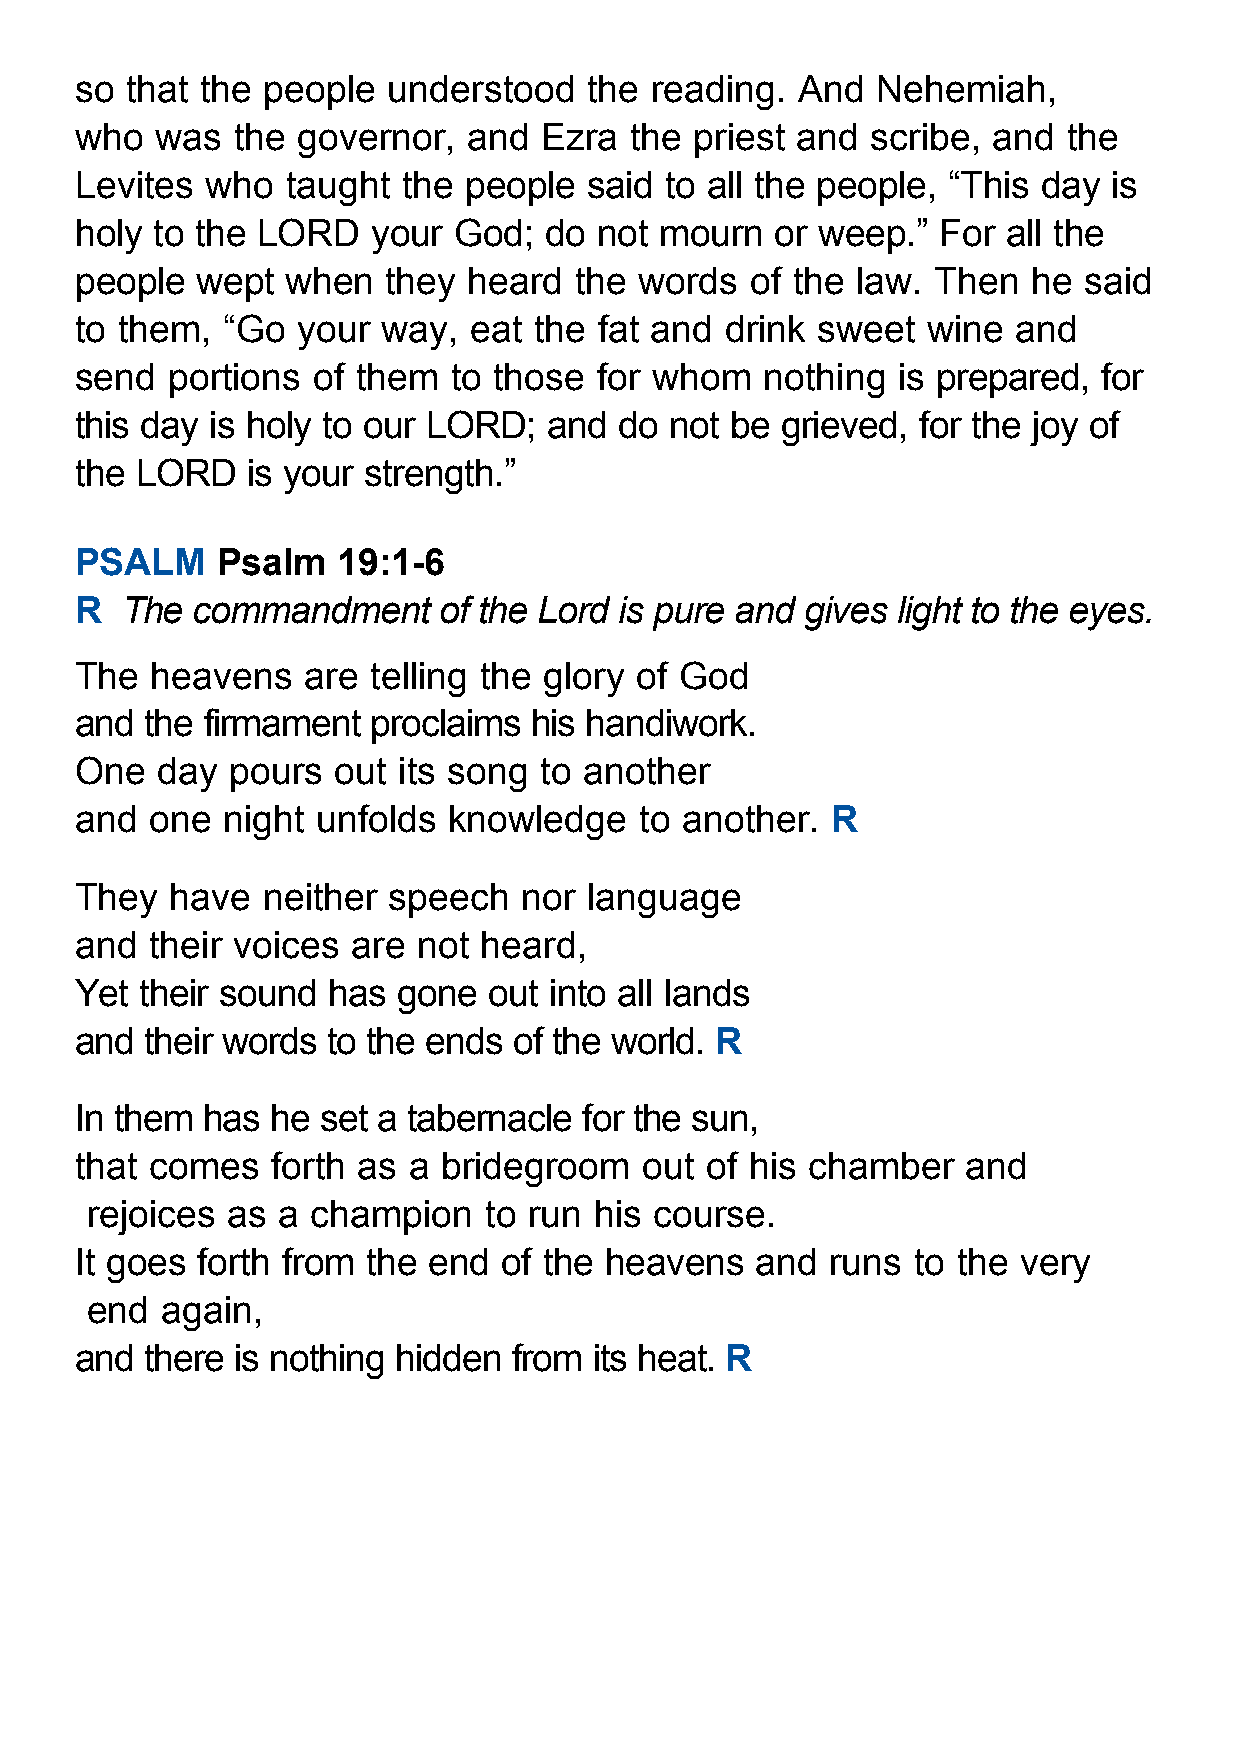
so that the people   understood   the reading.  And  Nehemiah,
 who  was  the  governor,  and  Ezra  the priest and  scribe, and  the
 Levites  who  taught  the people  said to all the people, “This day  is
 holy to the LORD    your God;  do not  mourn  or weep.”  For  all the
 people  wept  when  they  heard  the words   of the law. Then  he  said
 to them,  “Go  your way,  eat the  fat and drink sweet  wine  and
 send  portions  of them  to those for whom    nothing is prepared,  for
 this day is holy to our LORD;  and  do not be  grieved, for the joy of
 the LORD   is your strength.”
 PSALM    Psalm   19:1-6
 R  The  commandment     of the Lord is pure and gives light to the eyes.
 The  heavens   are telling the glory of God
 and  the firmament  proclaims his handiwork.
 One  day  pours  out its song  to another
 and  one  night unfolds  knowledge   to another.  R
 They  have  neither  speech   nor language
 and  their voices are  not heard,
 Yet their sound  has gone  out into all lands
 and  their words to the ends of the world. R
 In them has  he set a tabernacle  for the sun,
 that comes   forth as a bridegroom    out of his chamber   and
 rejoices as a  champion   to run his course.
 It goes forth from the end  of the heavens   and  runs to the  very
 end  again,
 and  there is nothing hidden from its heat. R